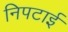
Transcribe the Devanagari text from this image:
निपटाई